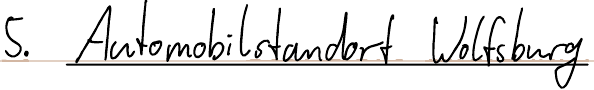
5. Automobilstandort Wolfsburg